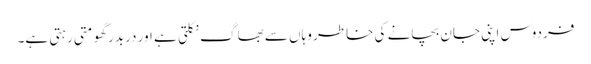
فردوس اپنی جان بچانے کی خاطر وہاں سے بھاگ نکلتی ہے اور دربدر گھومتی رہتی ہے۔